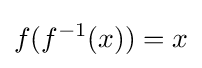
f(f^{-1}(x))=x